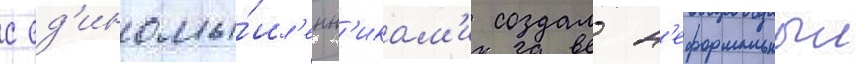
с ед'иномы́шл'енн'икам'и создал н'еформальныи